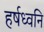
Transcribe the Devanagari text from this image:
हर्षध्वनि